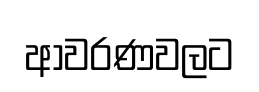
ආවරණවලට